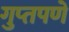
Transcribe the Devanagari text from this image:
गुप्‍तपणें